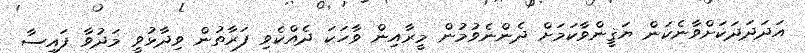
އަދަދަދަކަށްވާނެކަން ޔަޤީންވާކަމަށް ދެންނެވުމުން މީރާއިން ވާހަކަ ދެއްކެވި ފަރާތުން ވިދާޅުވީ މަދުވާ ފައިސާ